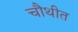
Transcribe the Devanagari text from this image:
चौथीत